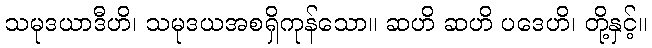
သမုဒယာဒီဟိ၊ သမုဒယအစရှိကုန်သော။ ဆဟိ ဆဟိ ပဒေဟိ၊ တို့နှင့်။